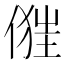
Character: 𠍧